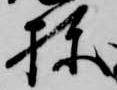
棟